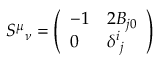
S ^ { \mu } { } _ { \nu } = \left( \begin{array} { l l } { { - 1 } } & { { 2 B _ { j 0 } } } \\ { { 0 } } & { { \delta ^ { i } { } _ { j } } } \end{array} \right)